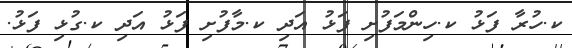
ކ.ހުރާ ފަޅު ކ.ހިންމަފުށި ފަޅު އަދި ކ.މާފުށި ފަޅު އަދި ކ.ގުޅި ފަޅު.